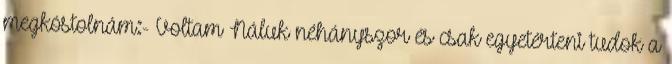
megkóstolnám:- Voltam Náluk néhányszor és csak egyetérteni tudok a